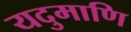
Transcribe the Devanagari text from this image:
यदुमाणि